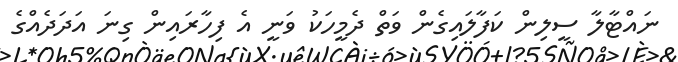
ނައްޓާލާ ސީލިން ކަފާލައިގެން ވަތް ދެމީހަކު ވަނީ އެ ފިހާރައިން ގިނަ އަދަދެއްގެ